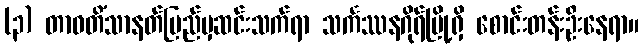
(၃) တာဝတိံသာနတ်ပြည်မှဆင်းသက်ရာ သင်္ကဿနဂိုရ်မြို့ရှိ စောင်းတန်းဦးနေရာ။